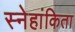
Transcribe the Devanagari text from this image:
स्नेहांकिता